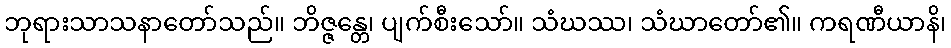
ဘုရားသာသနာတော်သည်။ ဘိဇ္ဇန္တေ၊ ပျက်စီးသော်။ သံဃဿ၊ သံဃာတော်၏။ ကရဏီယာနိ၊